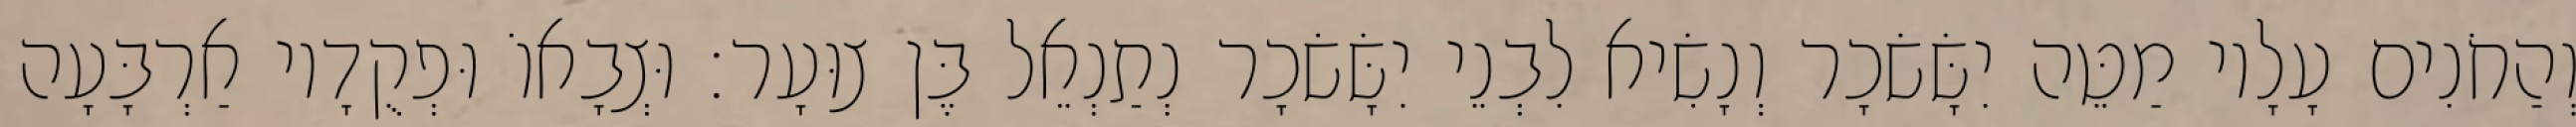
וְהַחֹנִים עָלָיו מַטֵּה יִשָּׂשׂכָר וְנָשִׂיא לִבְנֵי יִשָּׂשׂכָר נְתַנְאֵל בֶּן צוּעָר׃ וּצְבָאוֹ וּפְקֻדָיו אַרְבָּעָה